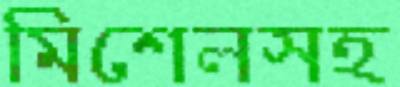
মিশেলসহ